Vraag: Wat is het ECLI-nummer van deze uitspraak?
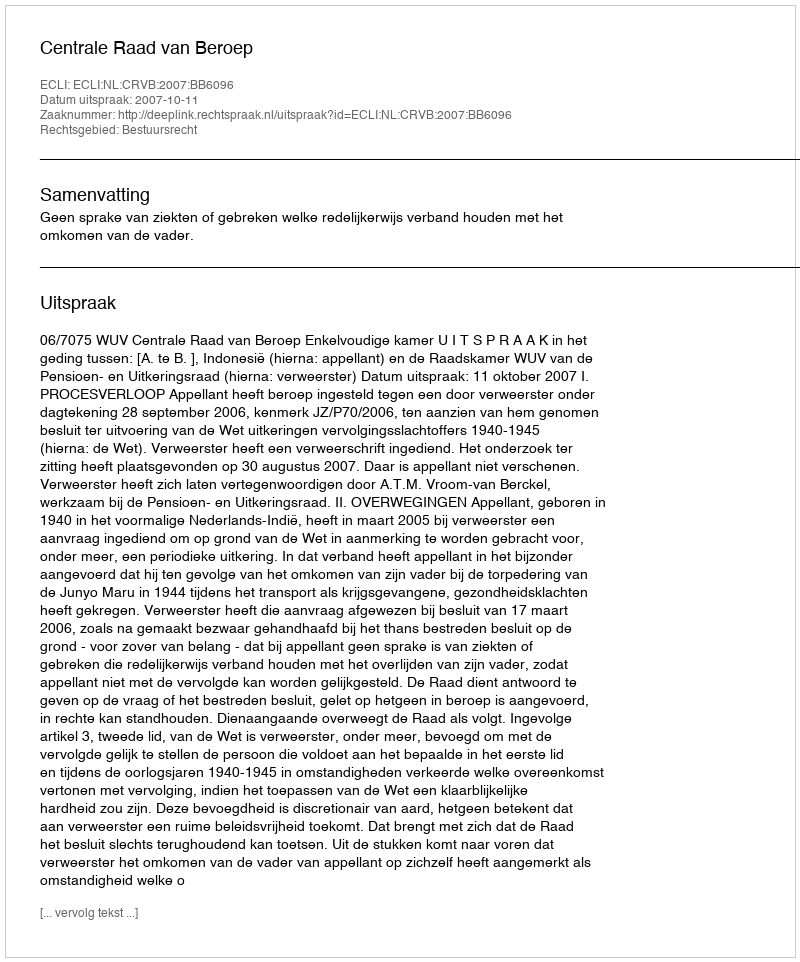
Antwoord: ECLI:NL:CRVB:2007:BB6096